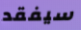
سيفقد